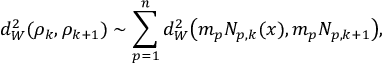
d _ { W } ^ { 2 } ( \rho _ { k } , \rho _ { k + 1 } ) \sim \sum _ { p = 1 } ^ { n } d _ { W } ^ { 2 } \big ( m _ { p } N _ { p , k } ( x ) , m _ { p } N _ { p , k + 1 } \big ) ,